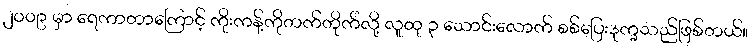
၂၀၀၉ မှာ ရေကာတာကြောင့် ကိုးကန့်ကိုတက်တိုက်လို့ လူထု ၃ သောင်းလောက် စစ်ပြေးဒုက္ခသည်ဖြစ်တယ်။